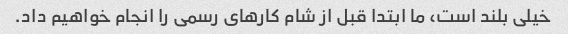
خیلی بلند است، ما ابتدا قبل از شام کارهای رسمی را انجام خواهیم داد.